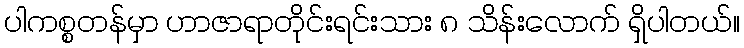
ပါကစ္စတန်မှာ ဟာဇာရာတိုင်းရင်းသား ၈ သိန်းလောက် ရှိပါတယ်။